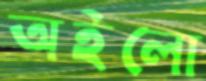
অইলো